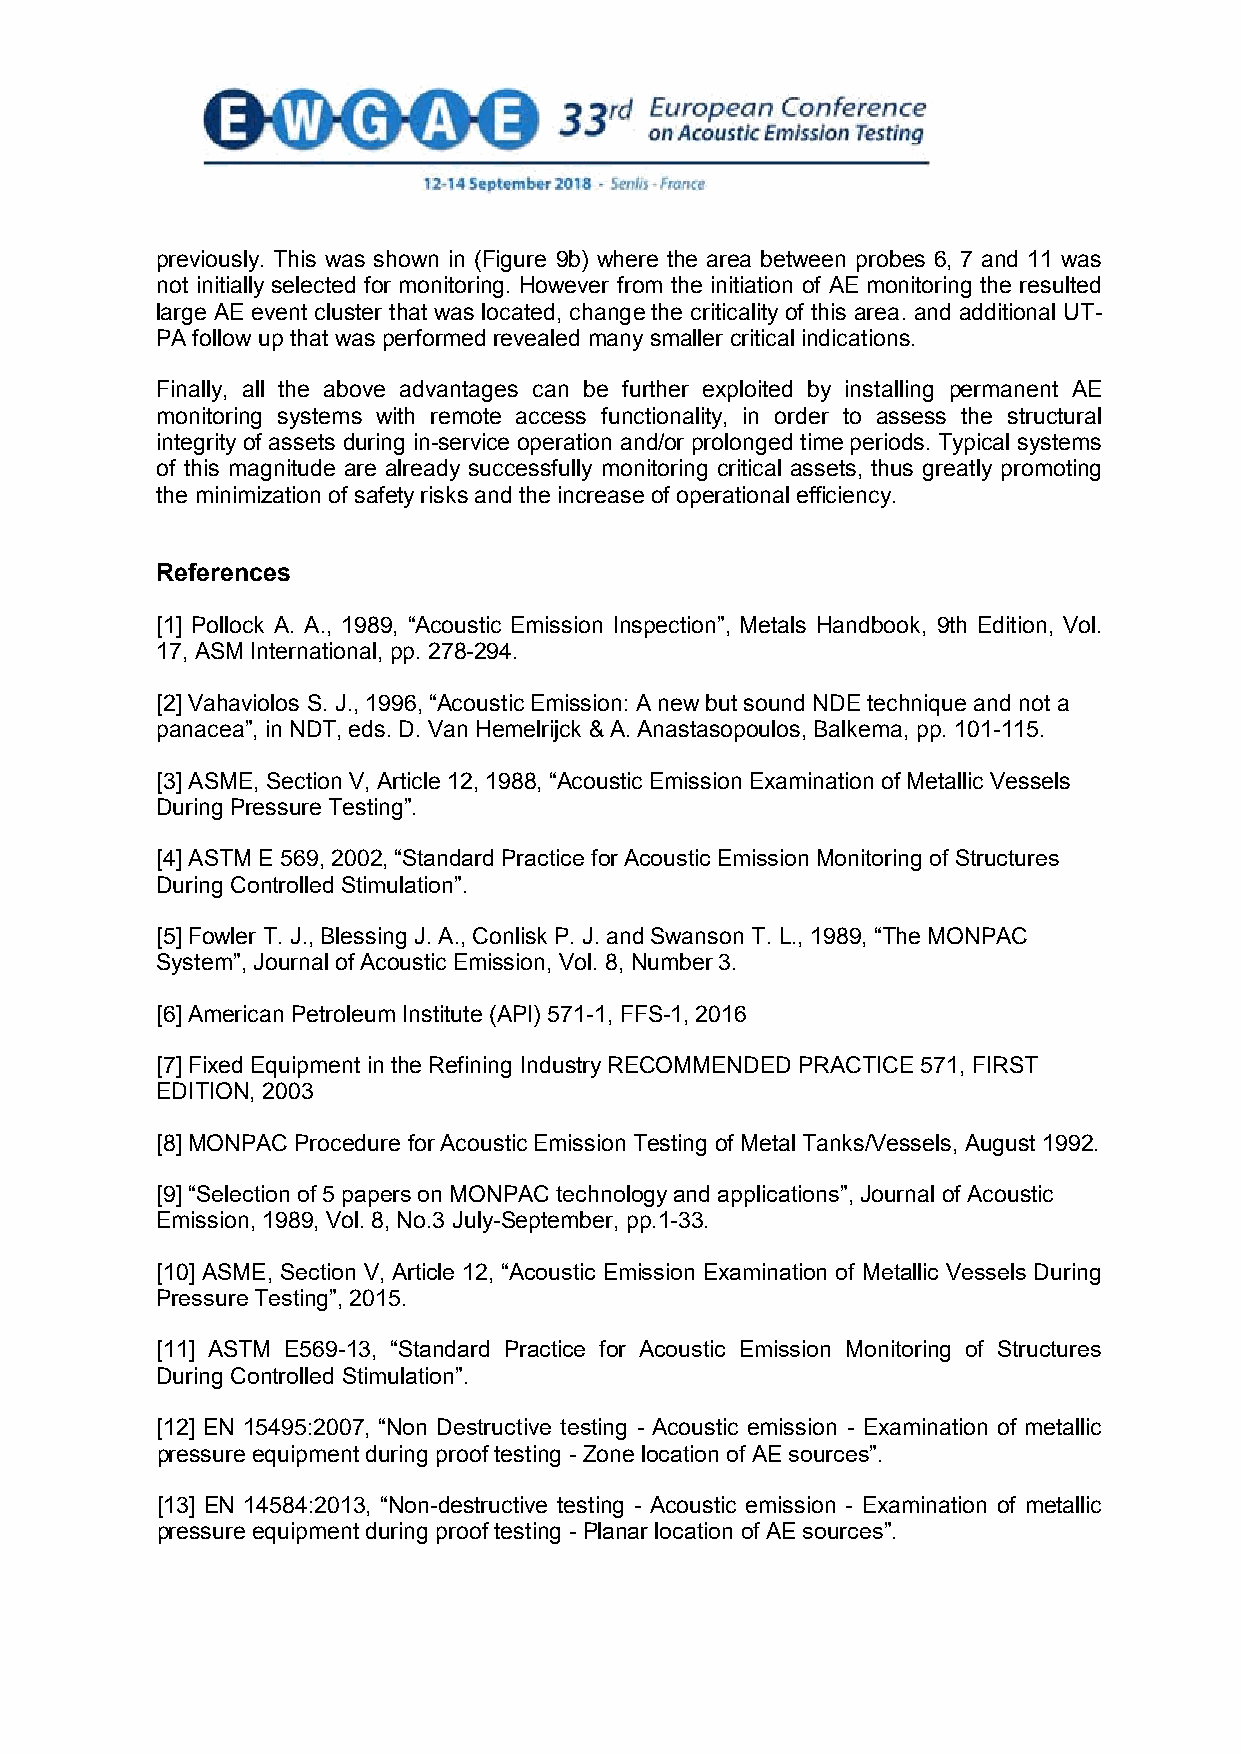
previously. This was shown in (Figure 9b) where the area between probes 6, 7 and 11 was
 not initially selected for monitoring. However from the initiation of AE monitoring the resulted
 large AE event cluster that was located, change the criticality of this area. and additional UT-
 PA follow up that was performed revealed many smaller critical indications.
 Finally, all the above advantages can be further exploited by installing permanent AE
 monitoring systems with remote access functionality, in order to assess the structural
 integrity of assets during in-service operation and/or prolonged time periods. Typical systems
 of this magnitude are already successfully monitoring critical assets, thus greatly promoting
 the minimization of safety risks and the increase of operational efficiency.
 References
 [1] Pollock A. A., 1989, “Acoustic Emission Inspection”, Metals Handbook, 9th Edition, Vol.
 17, ASM International, pp. 278-294.
 [2] Vahaviolos S. J., 1996, “Acoustic Emission: A new but sound NDE technique and not a
 panacea”, in NDT, eds. D. Van Hemelrijck & A. Anastasopoulos, Balkema, pp. 101-115.
 [3] ASME, Section V, Article 12, 1988, “Acoustic Emission Examination of Metallic Vessels
 During Pressure Testing”.
 [4] ASTM E 569, 2002, “Standard Practice for Acoustic Emission Monitoring of Structures
 During Controlled Stimulation”.
 [5] Fowler T. J., Blessing J. A., Conlisk P. J. and Swanson T. L., 1989, “The MONPAC
 System”, Journal of Acoustic Emission, Vol. 8, Number 3.
 [6] American Petroleum Institute (API) 571-1, FFS-1, 2016
 [7] Fixed Equipment in the Refining Industry RECOMMENDED PRACTICE 571, FIRST
 EDITION, 2003
 [8] MONPAC Procedure for Acoustic Emission Testing of Metal Tanks/Vessels, August 1992.
 [9] “Selection of 5 papers on MONPAC technology and applications”, Journal of Acoustic
 Emission, 1989, Vol. 8, No.3 July-September, pp.1-33.
 [10] ASME, Section V, Article 12, “Acoustic Emission Examination of Metallic Vessels During
 Pressure Testing”, 2015.
 [11] ASTM E569-13, “Standard Practice for Acoustic Emission Monitoring of Structures
 During Controlled Stimulation”.
 [12] EN 15495:2007, “Non Destructive testing - Acoustic emission - Examination of metallic
 pressure equipment during proof testing - Zone location of AE sources”.
 [13] EN 14584:2013, “Non-destructive testing - Acoustic emission - Examination of metallic
 pressure equipment during proof testing - Planar location of AE sources”.
 8